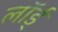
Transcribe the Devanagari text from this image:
लॉर्ड्